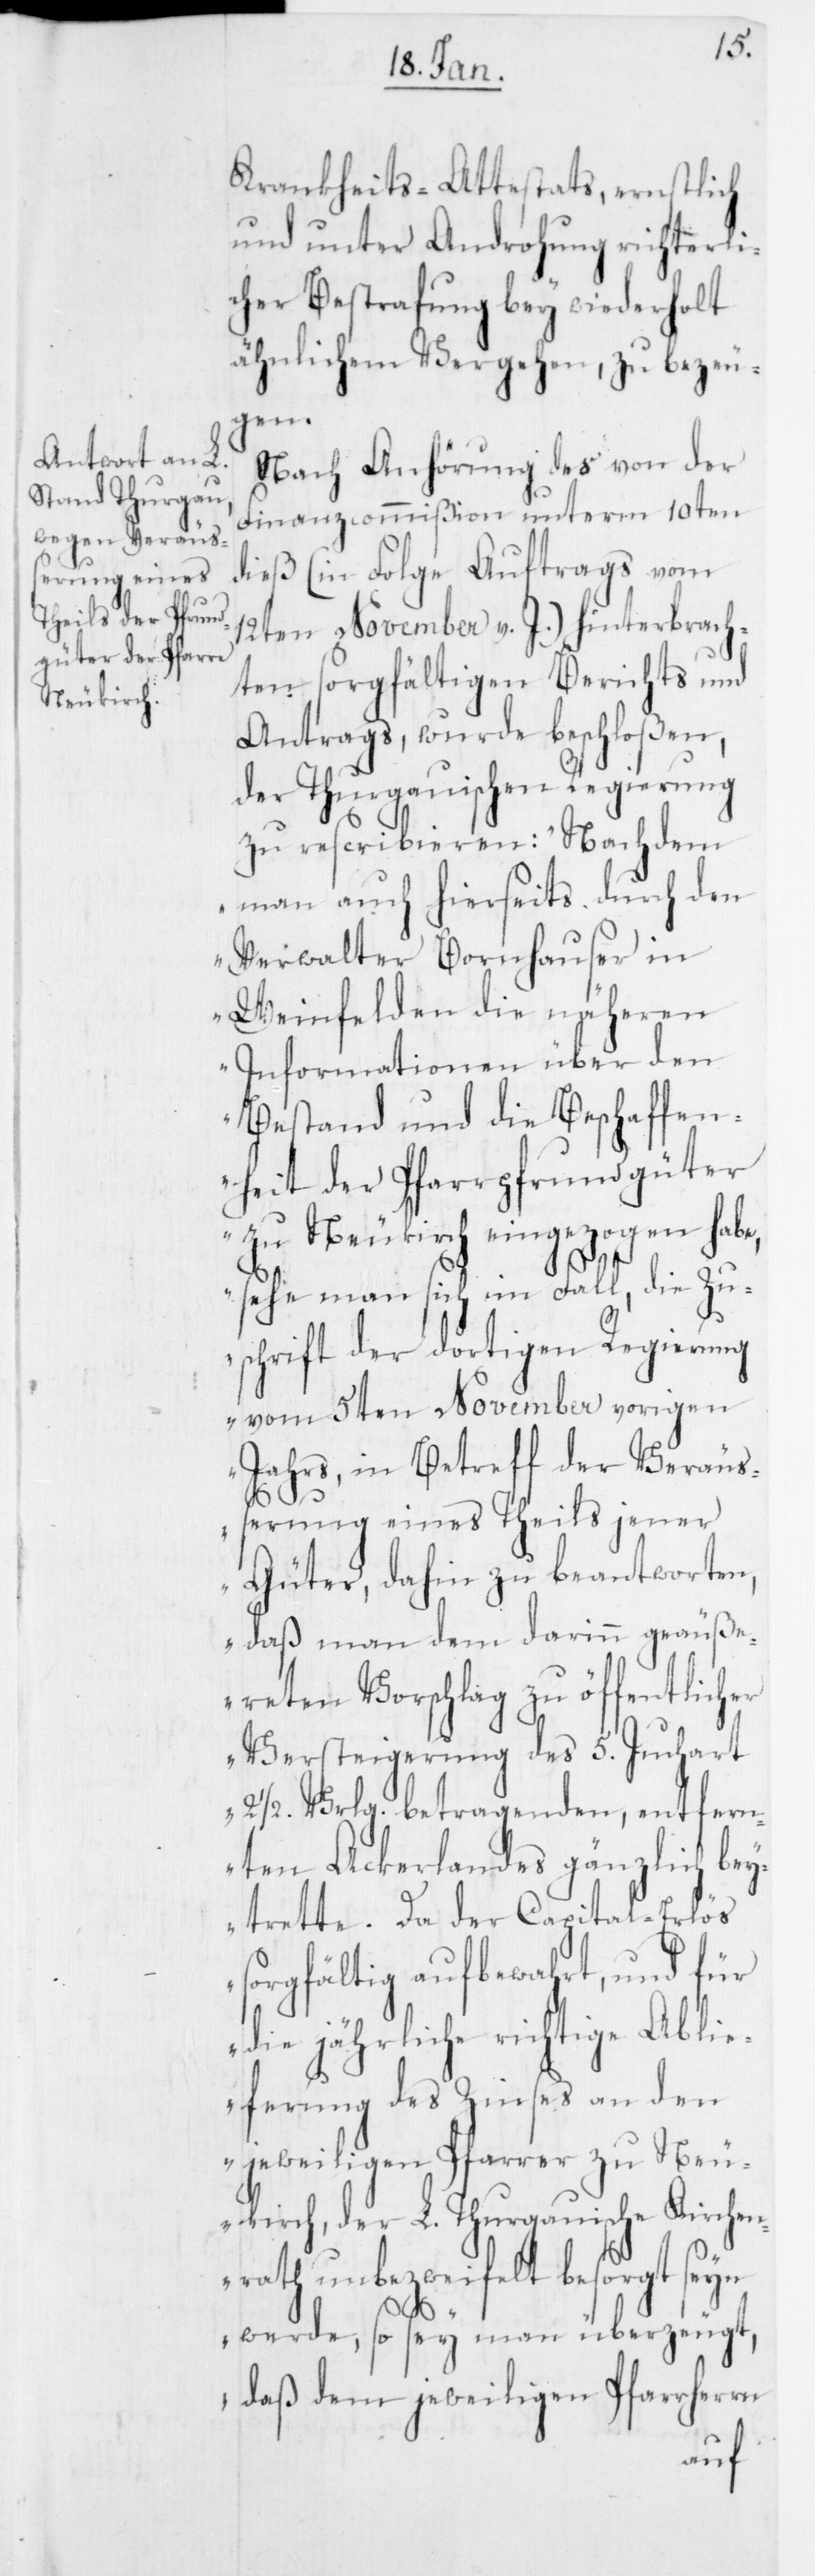
Krankheits-Attestats, ernstlich
und unter Androhung richterli¬
cher Bestrafung bey wiederholt
ähnlichem Vergehen, zu bezeu¬
gen.
Nach Anhörung des von der
Finanzcommißion unterm 10ten
dieß (in Folge Auftrags vom
12ten November v. J.) hinterbrach¬
ten sorgfältigen Berichts und
Antrags, wurde beschloßen,
der Thurgauischen Regierung
zu rescribieren: „Nachdem
man auch hierseits durch den
Verwalter Bornhauser in
Weinfelden die näheren
Informationen über den
Bestand und die Beschaffen¬
heit der Pfarrpfrundgüter
zu Neukirch eingezogen habe,
sehe man sich im Fall, die Zu¬
schrift der dortigen Regierung
vom 5ten November vorigen
Jahrs, in Betreff der Veräuß¬
erung eines Theils jener
Güter, dahin zu beantworten,
daß man dem darinn geäuße¬
reten Vorschlag zu öffentlicher
Versteigerung des 5. Juchart
2 ½ Vrlg. betragenden, entfern¬
ten Ackerlandes gänzlich bey¬
trette. Da der Capital-Erlös
sorgfältig aufbewahrt, und
die jährliche richtige Ablie¬
ferung des Zinses an den
jeweiligen Pfarrer zu Neu¬
kirch, der L. Thurgauische Kirchen¬
rath unbezweifelt besorgt seyn
werde, so sey man überzeugt,
daß dem jeweiligen Pfarrherrn